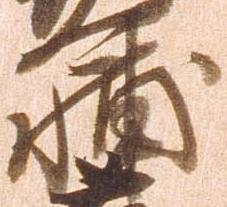
輔